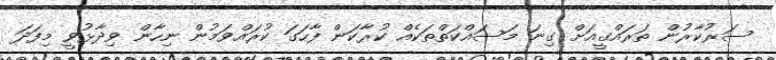
ސަރުކާރުން ތަރައްގީއަށް ގިނަ މަސައްކަތްތަކެއް ކުރާކަން ފާހަގަ ކުރައްވަމުން ނިހާން ވިދާޅުވީ މިފަދަ